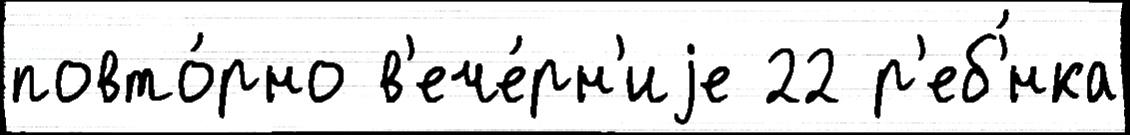
повто́рно в'ече́рн'иjе 22 р'еб'́нка